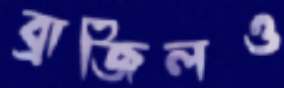
ব্রাজিলও